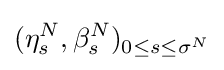
(\eta _{s}^{N},\beta _{s}^{N})_{0\leq s\leq \sigma ^{N}}